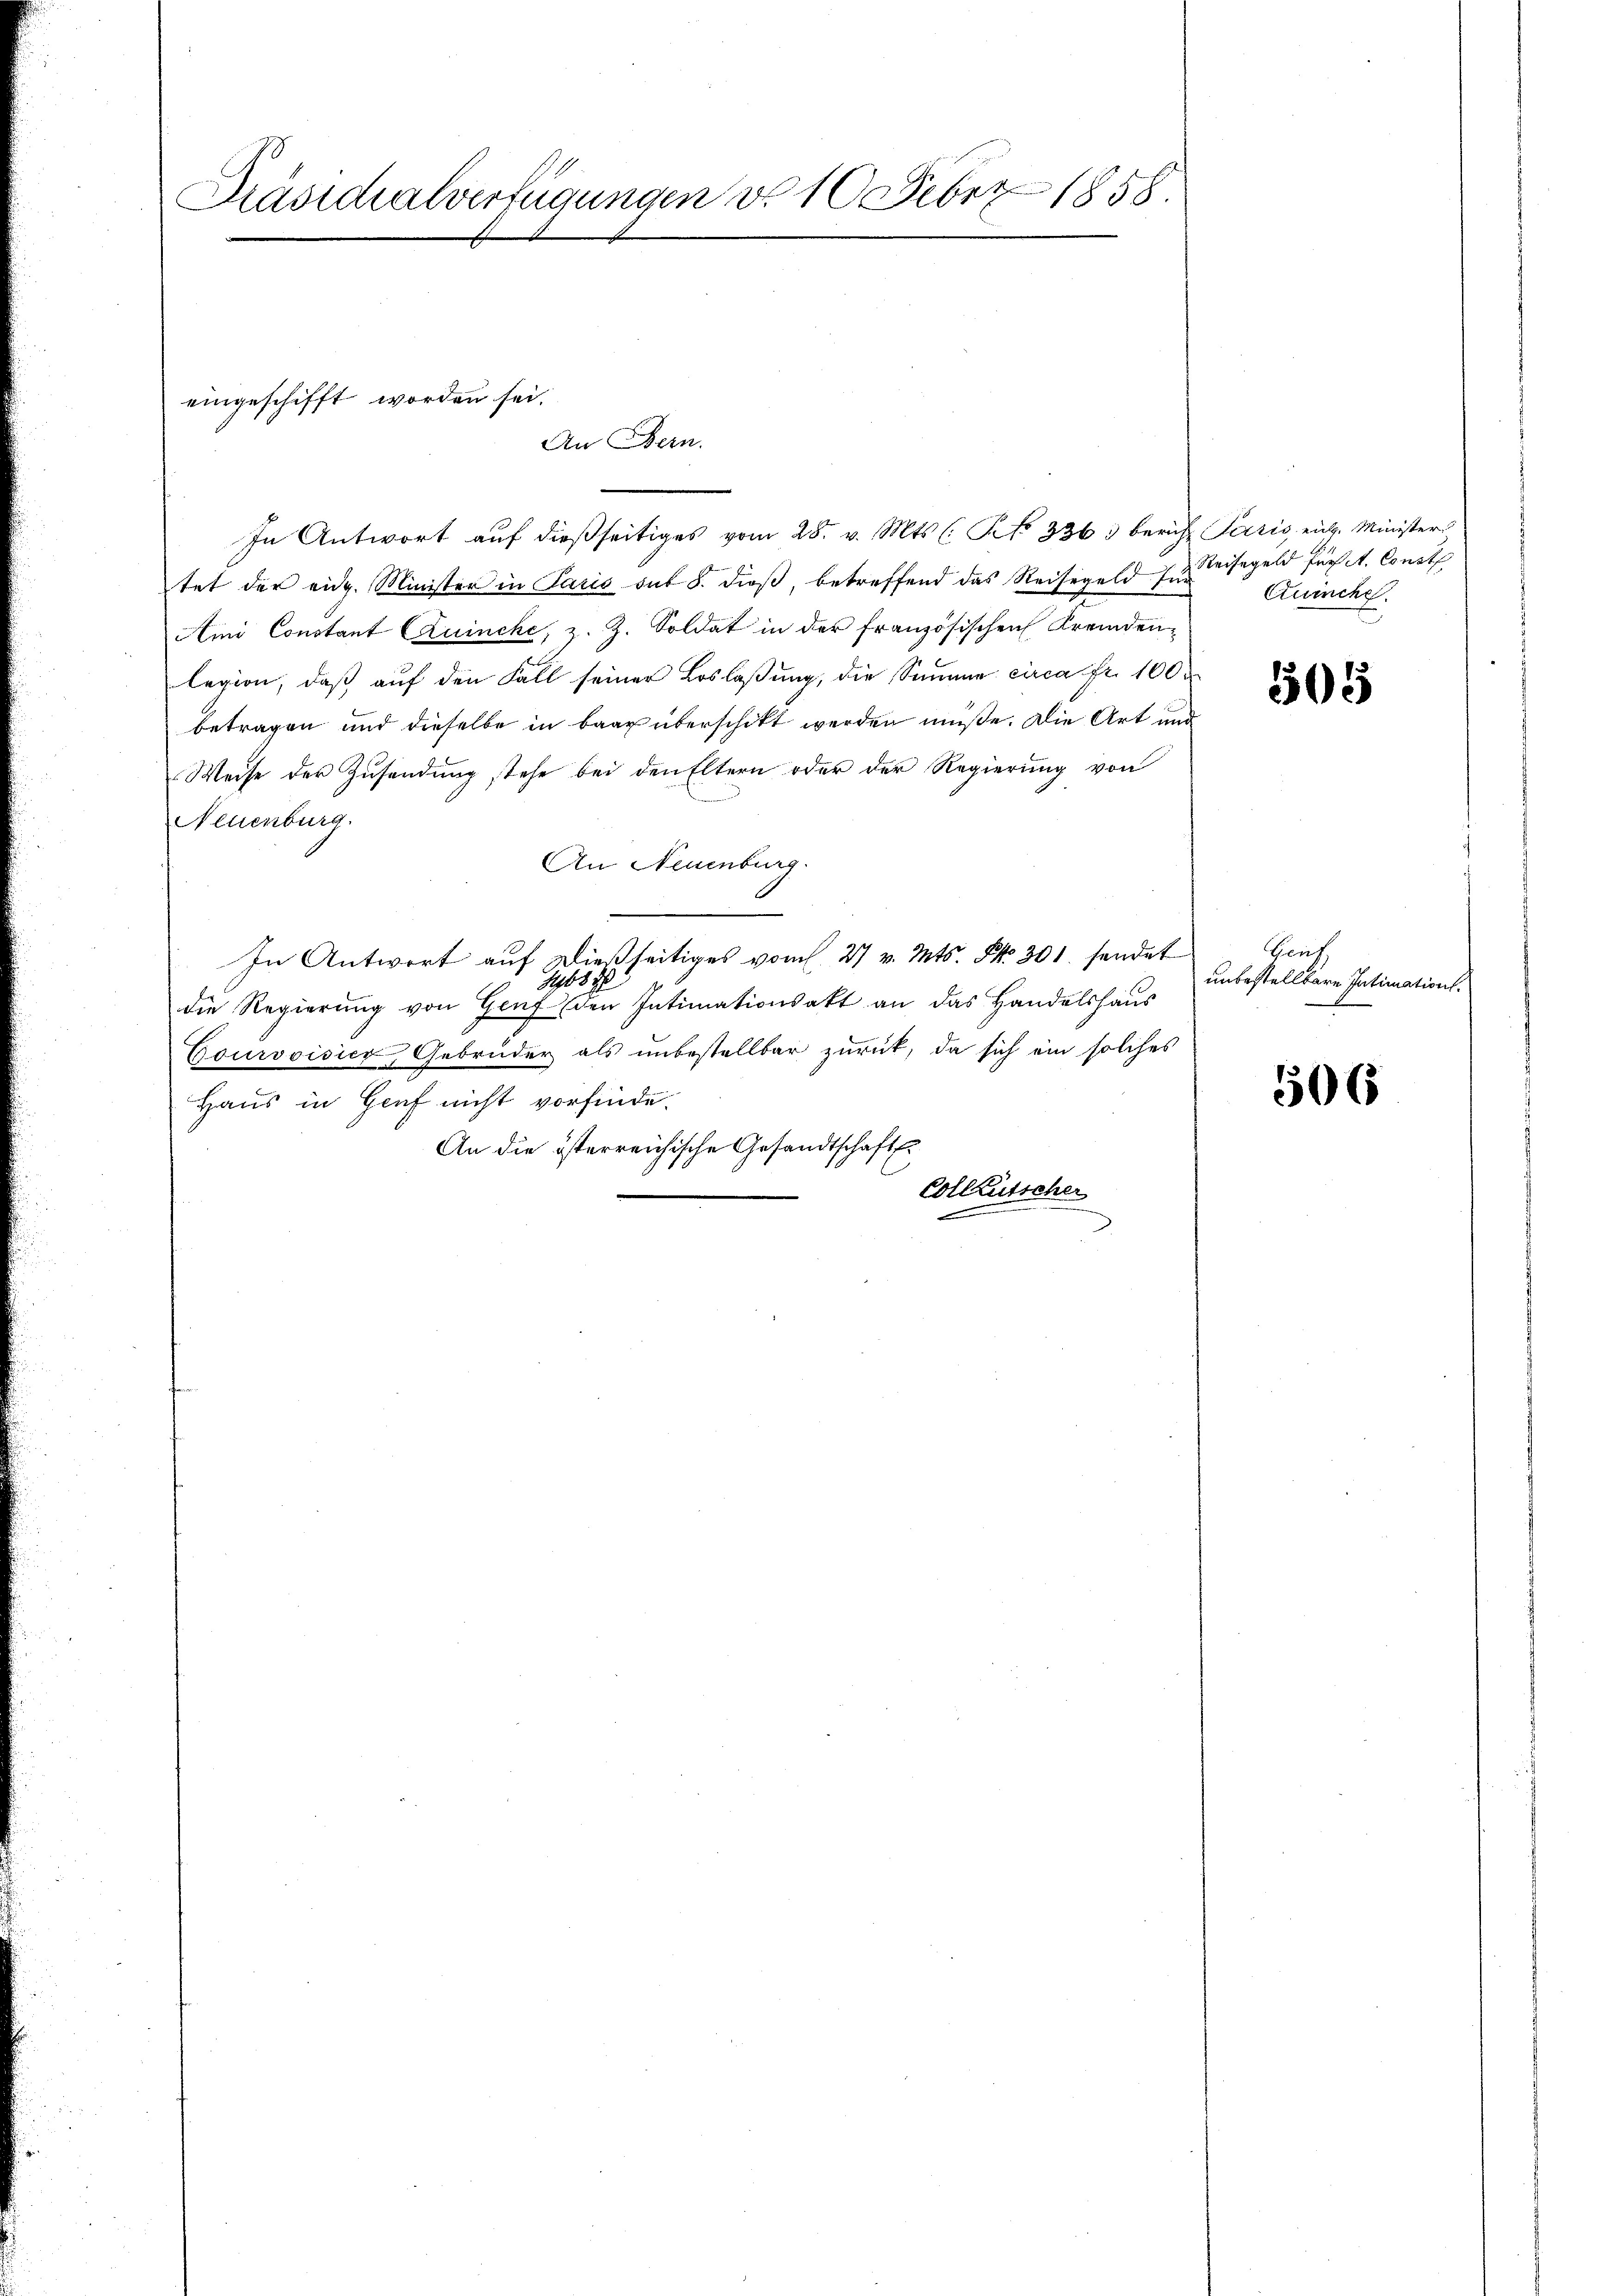
Präsidialverfügungen d. 10. Febr. 1858.

In Antwort aŭf dießseitiges vom 28. v. Mts. (: No 336. bericht Paris, eit. Minister
tet der eidg. Minister in Paris sub S. dieß, betreffend das Reisegeld fü
Ami Constant Quincke, z. Z. Soldat in der französischen Fremdenlegion, daß auf den Fall seiner Loslaßung, die Summe circa Fr. 100
betragen und dieselbe in baar überschikt werden müße. Die Art und
Weise der Zusendung stehe bei den Eltern oder der Regierung von
Neuenburg.
An Neuenburg.
In Antwort auf dießseitiges vom 27 v. Mts. No 301. sendet Genf
2 84
die Regierung von Genf den Intimationsakt an das Handelshaus
Courvoisier, Gebrüder als unbestellbar zurück, da sich ein solches
Haus in Genf nicht vorfinde.
An die österreichische Gesandtschaft E
Colleütscher

eingeschifft worden sei.
An Bern.

Reisegeld für A. Const
Quinche

505

unbestellbare Intimation.

506